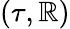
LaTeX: (\tau,\mathbb{R})